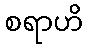
စရာဟိ